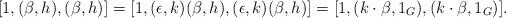
LaTeX: \begin{align*}[1, (\beta,h),(\beta,h)] = [1, (\epsilon, k)(\beta,h),(\epsilon, k)(\beta,h)] = [1, (k\cdot\beta, 1_G), (k\cdot\beta, 1_G)].\end{align*}